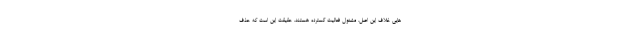
هایی خلاف این اصل، مشغول فعالیت گسترده هستند. حقیقت این است که حذف